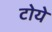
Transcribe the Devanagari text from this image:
टोये